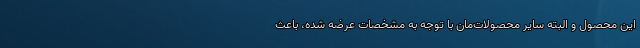
این محصول و البته سایر محصولات‌مان با توجه به مشخصات عرضه شده، باعث